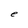
Character: e